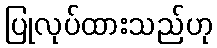
ပြုလုပ်ထားသည်ဟု